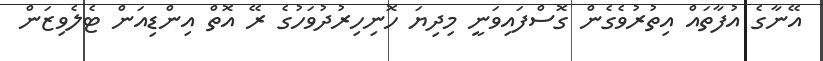
އޭނާގެ އުފާތައް އިތުރުވެގެން ގޮސްފައިވަނީ މިދިޔަ ހޮނިހިރުދުވަހުގެ ރޭ އޮތް އިންޑިއަން ޓެލެވިޒަން